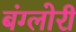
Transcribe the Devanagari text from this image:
बंग्लोरी